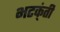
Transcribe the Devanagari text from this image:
भटक्ंती